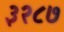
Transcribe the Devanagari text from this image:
३२८७